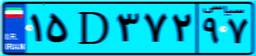
۵۴D۳۴۱۰۱